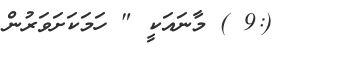
(:9 ) މާނައަކީ " ހަމަކަށަވަރުން